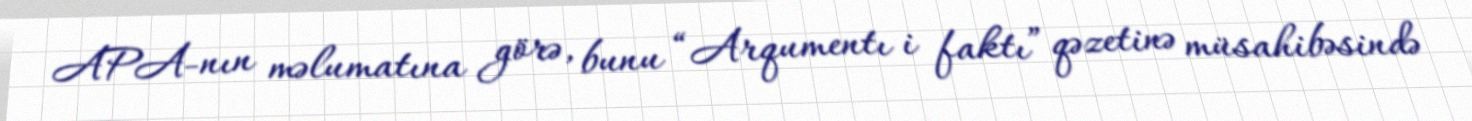
APA-nın məlumatına görə, bunu “Arqumentı i faktı” qəzetinə müsahibəsində